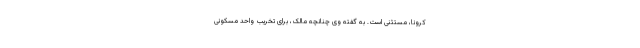
کرونا، مستثنی است. به گفته وی چنانچه مالک، برای تخریب واحد مسکونی